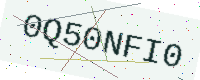
Text: 0Q50NFI0